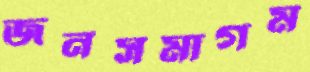
জনসমাগম